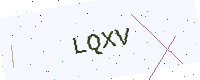
Text: LQXV